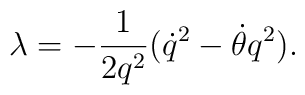
\lambda = - \frac {1}{2q^2}({\dot q}^2 - \dot\theta q^2).